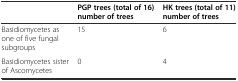
|  | PGP trees (total of 16) number of trees | HK trees (total of 11) number of trees |
 | --- | --- | --- |
 | Basidiomycetes as one of five fungal subgroups | 15 | 6 |
 | Basidiomycetes sister of Ascomycetes | 0 | 4 |